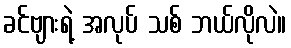
ခင်ဗျားရဲ့ အလုပ် သစ် ဘယ်လိုလဲ။